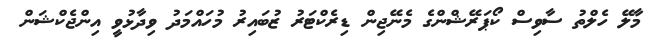
މާލޭ ހެލްތު ސާވިސް ކޯޕަރޭޝްންގެ މެނޭޖިން ޑިރެކްޓަރު ޒުބައިރު މުހައްމަދު ވިދާޅުވީ އިންޖެކްޝަން